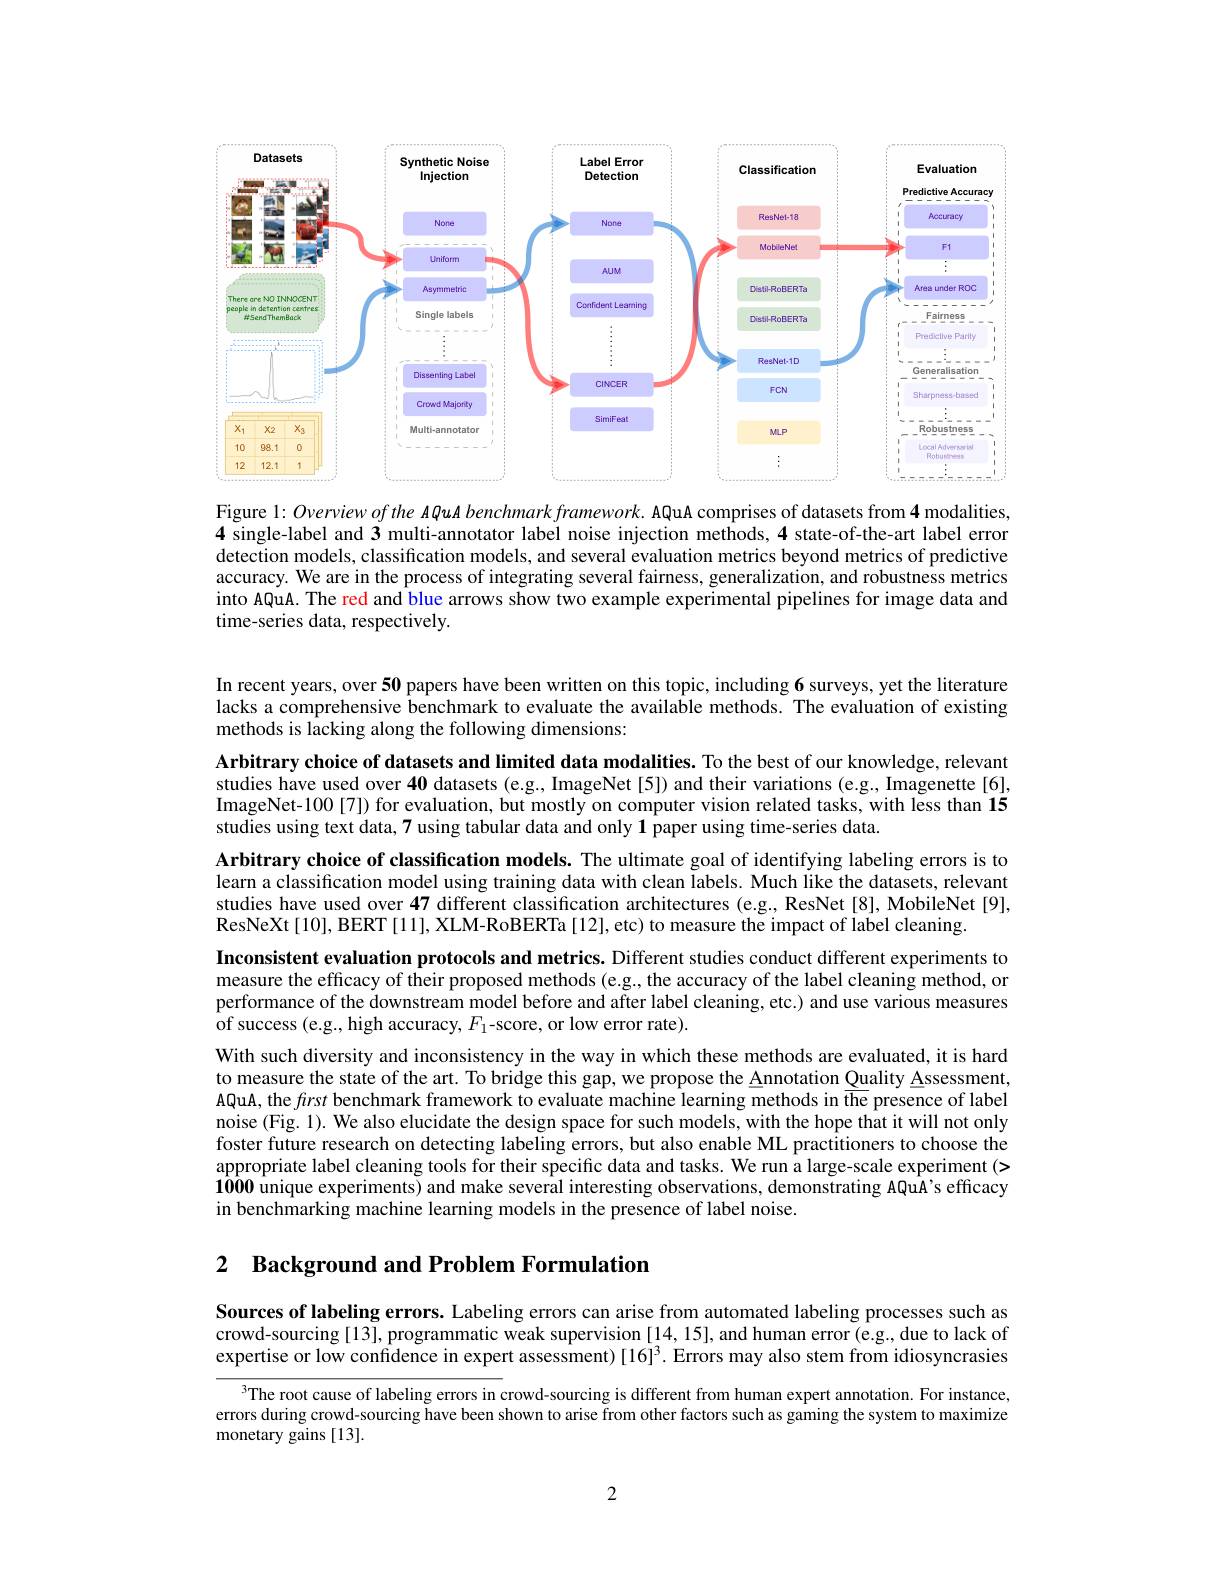
<FigureHere>

Figure 1: Overview of the AQuA benchmark framework. AQuA comprises of datasets from 4 modalities, 4 single-label and 3 multi-annotator label noise injection methods, 4 state-of-the-art label error detection models, classification models, and several evaluation metrics beyond metrics of predictive accuracy. We are in the process of integrating several fairness, generalization, and robustness metrics into AQuA. The red and blue arrows show two example experimental pipelines for image data and time-series data, respectively.

In recent years, over 50 papers have been written on this topic, including 6 surveys, yet the literature lacks a comprehensive benchmark to evaluate the available methods. The evaluation of existing methods is lacking along the following dimensions:

Arbitrary choice of datasets and limited data modalities. To the best of our knowledge, relevant studies have used over 40 datasets (e.g., ImageNet[5]) and their variations (e.g., Imagenette[6], ImageNet-100[7]) for evaluation, but mostly on computer vision related tasks, with less than 15 studies using text data, 7 using tabular data and only $\mathbf{1}$ paper using time-series data.
Arbitrary choice of classification models. The ultimate goal of identifying labeling errors is to learn a classification model using training data with clean labels. Much like the datasets, relevant studies have used over 47 different classification architectures (e.g., ResNet[8], MobileNet[9], ResNeXt[10], BERT [11], XLM-RoBERTa [12], etc) to measure the impact of label cleaning.
Inconsistent evaluation protocols and metrics. Different studies conduct different experiments to measure the efficacy of their proposed methods (e.g., the accuracy of the label cleaning method, or performance of the downstream model before and after label cleaning, etc.) and use various measures of success (e.g., high accuracy, $F_1$-score, or low error rate).
With such diversity and inconsistency in the way in which these methods are evaluated, it is hard to measure the state of the art. To bridge this gap, we propose the Annotation Quality Assessment, AQuA, the first benchmark framework to evaluate machine learning methods in the presence of label noise (Fig. 1). We also elucidate the design space for such models, with the hope that it will not only foster future research on detecting labeling errors, but also enable ML practitioners to choose the appropriate label cleaning tools for their specific data and tasks. We run a large-scale experiment (> $\mathbf{1000}$ unique experiments) and make several interesting observations, demonstrating AQuA's efficacy in benchmarking machine learning models in the presence of label noise

2 Background and Problem Formulation

Sources of labeling errors. Labeling errors can arise from automated labeling processes such as crowd-sourcing[13], programmatic weak supervision [14,15], and human error (e.g., due to lack of expertise or low confdence in expert assessment) [16]$^3.$ Errors may also stem from idiosyncrasies

$^{3}$The root cause of labeling errors in crowd-sourcing is different from human expert annotation. For instance, errors during crowd-sourcing have been shown to arise from other factors such as gaming the system to maximize monetary gains [13].

2